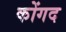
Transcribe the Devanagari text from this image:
कोंगद